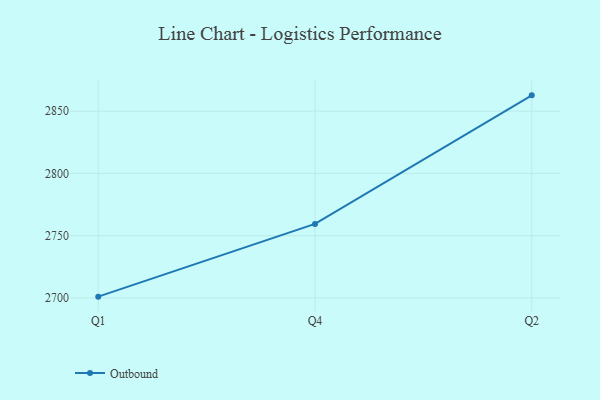
{"axis": {"x": "Quarter", "y": "Operating Costs (USD K)"}, "legend": ["Outbound"], "data": [{"x": "Q1", "y": 2701.0, "type": "Outbound"}, {"x": "Q4", "y": 2759.4, "type": "Outbound"}, {"x": "Q2", "y": 2862.7, "type": "Outbound"}]}